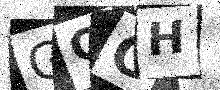
Text: GQOH